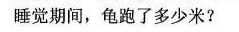
睡觉期间，龟跑了多少米?